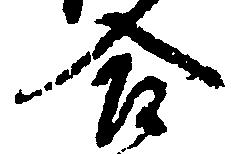
合